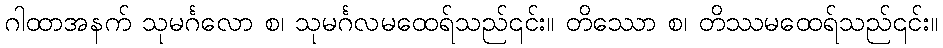
ဂါထာအနက် သုမင်္ဂလော စ၊ သုမင်္ဂလမထေရ်သည်၎င်း။ တိဿော စ၊ တိဿမထေရ်သည်၎င်း။